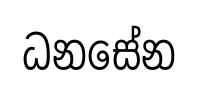
ධනසේන